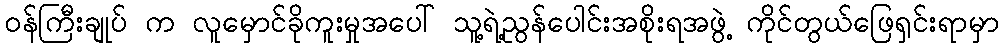
ဝန်ကြီးချုပ် က လူမှောင်ခိုကူးမှုအပေါ် သူ့ရဲ့ညွန်ပေါင်းအစိုးရအဖွဲ့ ကိုင်တွယ်ဖြေရှင်းရာမှာ